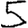
Digit: 5